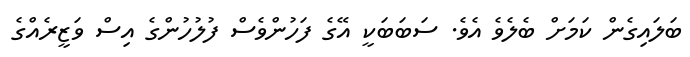
ބަލައިގެން ކަމަށް ބެލެވެ އެވެ. ސަބަބަކީ އޭގެ ފަހުންވެސް ފުލުހުންގެ އިސް ވަޒީރެއްގެ